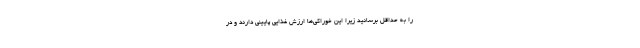
را به حداقل برسانید زیرا این خوراکی‌ها ارزش غذایی پایینی دارند و در